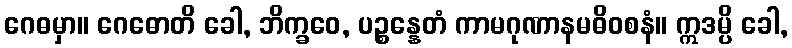
ဂေဓမှာ။ ဂေဓောတိ ခေါ, ဘိက္ခဝေ, ပဉ္စန္နေတံ ကာမဂုဏာနမဓိဝစနံ။ ဣဒမ္ပိ ခေါ,